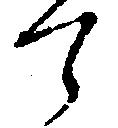
て